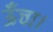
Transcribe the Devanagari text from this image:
ऊँचा।